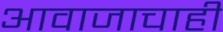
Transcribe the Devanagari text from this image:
आवाजाचाही